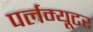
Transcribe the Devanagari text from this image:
पर्लम्यूटर